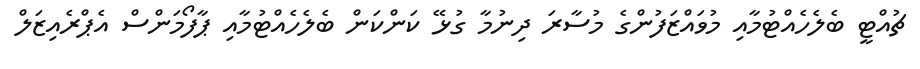
ޗުއްޓީ ބެލެހެއްޓުމާއި މުވައްޒަފުންގެ މުސާރަ ދިނުމާ ގުޅޭ ކަންކަން ބެލެހެއްޓުމާއި ޕާފޯމަންސް އެޕްރެއިޒަލް